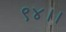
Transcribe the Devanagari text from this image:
९४।।